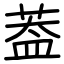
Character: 葢